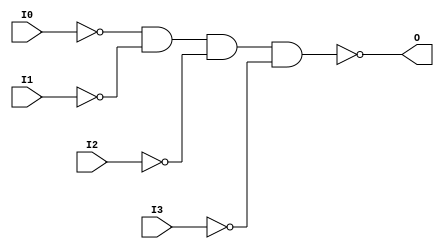
// $Header: /devl/xcs/repo/env/Databases/CAEInterfaces/xec_libs/data/unisims/NAND4B4.v,v 1.1 2005/05/10 01:20:06 wloo Exp $

/*

FUNCTION	: 4-INPUT NAND GATE

*/

`celldefine
`timescale  100 ps / 10 ps

module NAND4B4 (O, I0, I1, I2, I3);

    output O;

    input  I0, I1, I2, I3;

    not N3 (i3_inv, I3);
    not N2 (i2_inv, I2);
    not N1 (i1_inv, I1);
    not N0 (i0_inv, I0);
    nand A1 (O, i0_inv, i1_inv, i2_inv, i3_inv);

endmodule